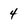
Character: 4